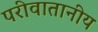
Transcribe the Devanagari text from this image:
परीवातानीय